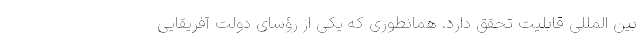
بین­ المللی قابلیت تحقق دارد. همانطوری که یکی از رؤسای دولت آفریقایی